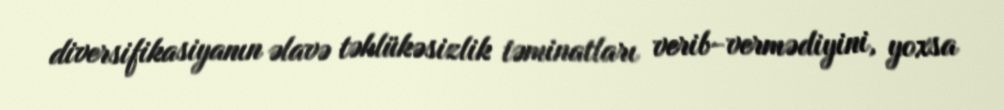
diversifikasiyanın əlavə təhlükəsizlik təminatları verib-vermədiyini, yoxsa